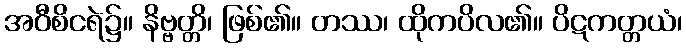
အဝီစိငရဲ၌။ နိဗ္ဗတ္တိ၊ ဖြစ်၏။ တဿ၊ ထိုကပိလ၏။ ပိဋကတ္တယံ၊